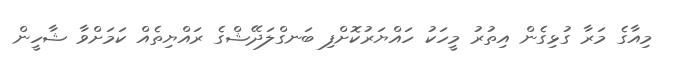
މިއާގެ މަރާ ގުޅިގެން އިތުރު މީހަކު ހައްޔަރުކޮށްފި ބަނގްލަދޭޝްގެ ރައްޔިތެއް ކަމަށްވާ ޝާހީން